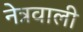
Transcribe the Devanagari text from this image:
नेत्रवाली